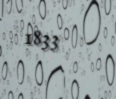
1833